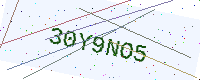
Text: 30Y9NO5